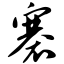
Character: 褰